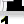
Digit: 1